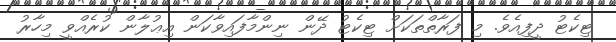
ޓިކެޓު ދީފިއެވެ. މި ފަރާތްތަކަށް ޓިކެޓު ދޭން ނިންމާފައިވާކަން އިޢުލާން ކުރެއްވީ މިހާރު